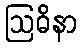
ဩဓိနာ